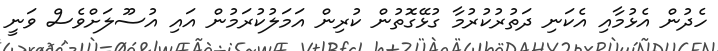
ހެދުން އެޅުމާއި އެކަނި ދަތުރުކުރުމާ ގުޅޭގޮތުން ކުރިން އަމަލުކުރަމުން އައި އުސޫލަށްވެސް ވަނީ